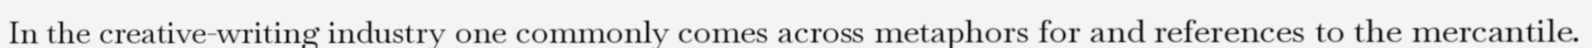
In the creative-writing industry one commonly comes across metaphors for and references to the mercantile.